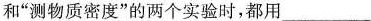
和”测物质密度”的两个实验时，都用___